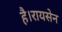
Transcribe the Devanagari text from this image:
है।रायसेन